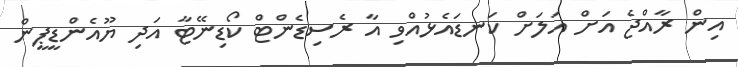
އިން ރާއްޖެ އަށް އަލަށް ކަނޑައެޅުއްވި އާ ރެސިޑެންޓް ކޯޑިނޭޓާ އަދި ޔޫއެންޑީޕީން